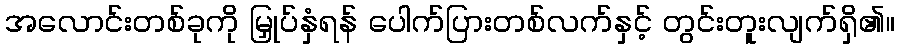
အလောင်းတစ်ခုကို မြှုပ်နှံရန် ပေါက်ပြားတစ်လက်နှင့် တွင်းတူးလျက်ရှိ၏။